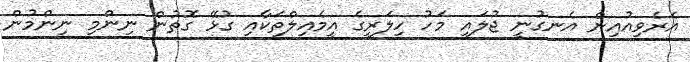
އެރެވިއުއިން އެނގުނީ ޖުލައި މަހު ހިލަރީގެ އީމެއިލްތަކާއި ގުޅޭ ގޮތުން ނިންމި ނިންމުން